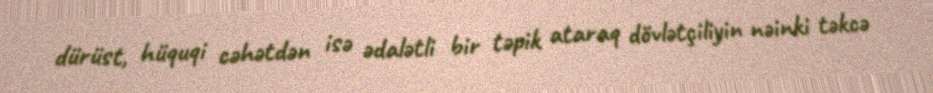
dürüst, hüquqi cəhətdən isə ədalətli bir təpik ataraq dövlətçiliyin nəinki təkcə